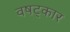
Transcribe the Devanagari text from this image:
वषट्कार